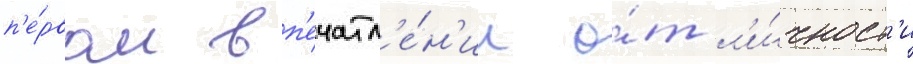
п'е́рвом вп'ечатл'е́н'ии о́т л'и́чност'и